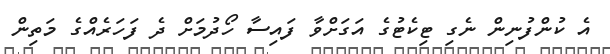
އެ ކުންފުނިން ނެގި ޓިކެޓުގެ އަގަށްވާ ފައިސާ ހޯދުމަށް ދެ ފަހަރެއްގެ މަތިން